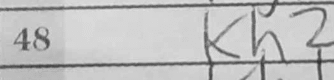
Transcription: Kh2